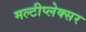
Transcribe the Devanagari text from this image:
मल्टीप्लेक्सर